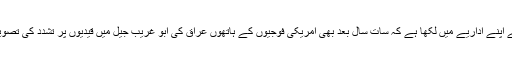
’خود ہی لگایا ہوا زخم‘ کے عنوان سے ’نیو یارک ٹائمز‘ نے اپنے اداریے میں لکھا ہے کہ سات سال بعد بھی امریکی فوجیوں کے ہاتھوں عراق کی ابو غُریب جیل میں قیدیوں پر تشدد کی تصویریں امریکہ کی عراق میں موجودگی پر ایک بدنما داغ ہیں۔